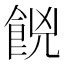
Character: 𮨼